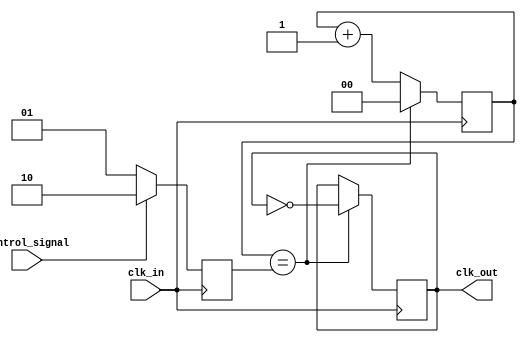
module dual_modulus_clock_divider (
    input wire clk_in,
    input wire control_signal,
    output wire clk_out
);

reg [1:0] counter;
reg [1:0] modulus;
reg synchronized_clk_out;

always @(posedge clk_in) begin
    if (control_signal == 1'b0) begin
        modulus <= 2'b01; // Divide by 2
    end else begin
        modulus <= 2'b10; // Divide by 4
    end
    
    counter <= counter + 1;
    
    if (counter == modulus) begin
        synchronized_clk_out <= ~synchronized_clk_out;
        counter <= 2'b00;
    end
end

assign clk_out = synchronized_clk_out;

endmodule